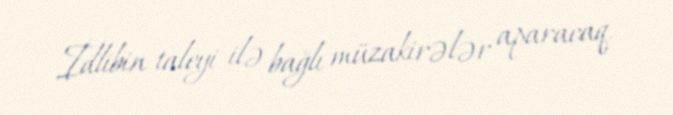
İdlibin taleyi ilə bağlı müzakirələr aparacaq.